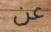
عن